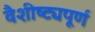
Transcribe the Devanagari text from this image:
वैशीष्ट्यपूर्ण